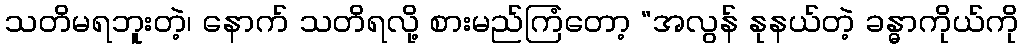
သတိမရဘူးတဲ့၊ နောက် သတိရလို့ စားမည်ကြံတော့ “အလွန် နုနယ်တဲ့ ခန္ဓာကိုယ်ကို